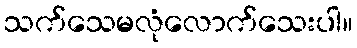
သက်သေမလုံလောက်သေးပါ။